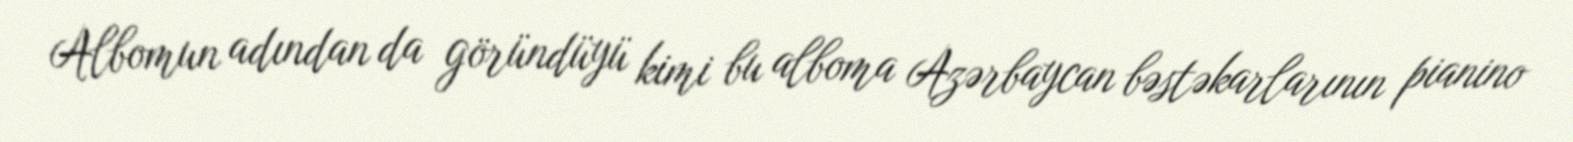
Albomun adından da göründüyü kimi bu alboma Azərbaycan bəstəkarlarının pianino